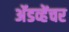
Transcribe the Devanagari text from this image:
अॅडव्हेंचर